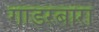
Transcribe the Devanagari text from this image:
गाडरबारा